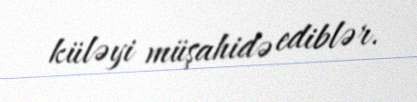
küləyi müşahidə ediblər.